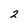
Character: 2